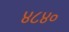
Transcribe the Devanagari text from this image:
४८४०